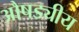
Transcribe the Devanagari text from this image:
औषड्यीय